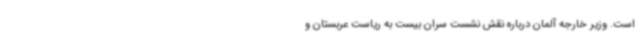
است. وزیر خارجه آلمان درباره نقش نشست سران بیست به ریاست عربستان و